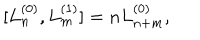
[ L _ { n } ^ { ( 0 ) } , L _ { m } ^ { ( 1 ) } ] = n L _ { n + m } ^ { ( 0 ) } ,